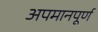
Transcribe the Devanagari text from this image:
अपमानपूर्ण